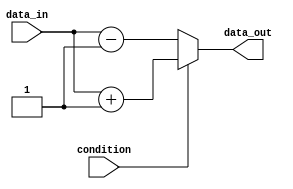
module if_else_example(
    input wire condition,
    input wire data_in,
    output reg data_out
);

always @(*) begin
    if(condition) begin
        // Execute code block if condition is true
        data_out = data_in + 1;
    end else begin
        // Execute code block if condition is false
        data_out = data_in - 1;
    end
end

endmodule